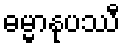
ဓမ္မာနုပဿီ